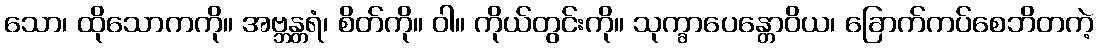
သော၊ ထိုသောကကို။ အဗ္ဘန္တရံ၊ စိတ်ကို။ ဝါ။ ကိုယ်တွင်းကို။ သုက္ခာပေန္တောဝိယ၊ ခြောက်ကပ်စေဘိတကဲ့